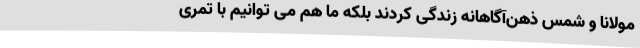
مولانا و شمس ذهن‌آگاهانه زندگی کردند بلکه ما هم می توانیم با تمری